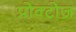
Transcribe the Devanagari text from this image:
प्रोक्टोज़